Indian journal of veterinary science and animal husbandry - Volume 2,
Year: 1932
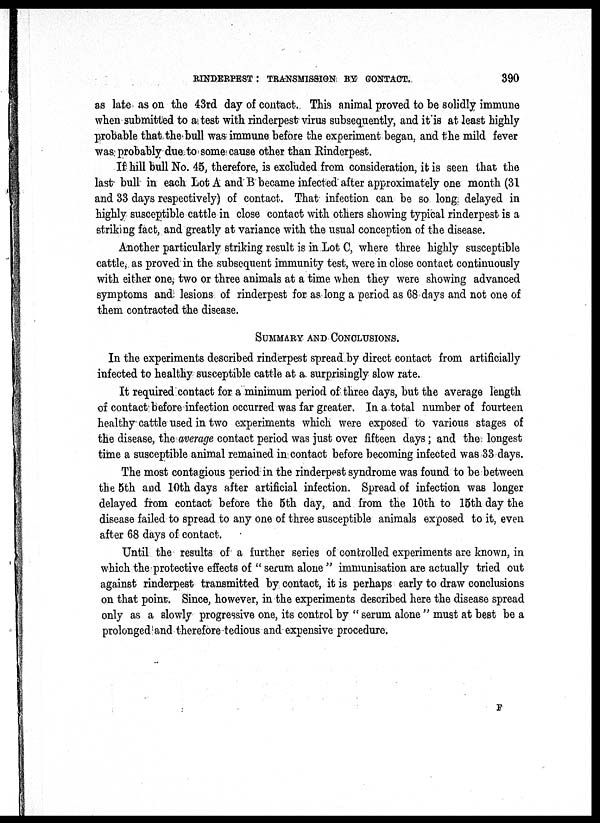
RINDERPEST : TRANSMISSION BY CONTACT.
390
as late as on the 43rd day of contact. This animal proved to be solidly immune
when submitted to a test with rinderpest virus subsequently, and it'is at least highly
probable that the bull was immune before the experiment began, and the mild fever
was probably due to some cause other than Rinderpest.
If hill bull No. 45, therefore, is excluded from consideration, it is seen that the
last- bull in each Lot A and B became infected after approximately one month (31
and 33 days respectively) of contact. That infection can be so long delayed in
highly susceptible cattle in close contact with others showing typical rinderpest is a
striking fact, and greatly at variance with the usual conception of the disease.
Another particularly striking result is in Lot C, where three highly susceptible
cattle, as proved in the subsequent immunity test, were in close contact continuously
with either one, two or three animals at a time when they were showing advanced
symptoms and, lesions of rinderpest for as long a period as 68 days and not one of
them contracted the disease.
SUMMARY AND CONCLUSIONS.
In the experiments described rinderpest spread by direct contact from artificially
infected to healthy susceptible cattle at a. surprisingly slow rate.
It required contact for a minimum period of three days, but the average length
of contact before infection occurred was far greater. In a total number of fourteen
healthy-cattle used in two experiments which were exposed to various stages of
the disease, the average contact period was just over fifteen days; and the longest
time a susceptible animal remained in contact before becoming infected was 33 days.
The most contagious period in the rinderpest syndrome was found to be between
the 5th and 10th days after artificial infection. Spread of infection was longer
delayed from contact before the 5th day, and from the 10th to 15th day the
disease failed to spread to any one of three susceptible animals exposed to it, even
after 68 days of contact.
Until the results of a further series of controlled experiments are known, in
which the protective effects of " serum alone " immunisation are actually tried out
against rinderpest transmitted by contact, it is perhaps early to draw conclusions
on that point. Since, however, in the experiments described here the disease spread
only as a slowly progressive one, its control by " serum alone " must at best be a
prolonged and therefore tedious and expensive procedure.
F